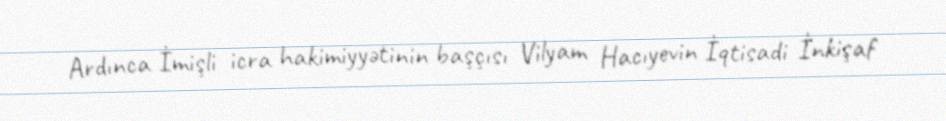
Ardınca İmişli icra hakimiyyətinin başçısı Vilyam Hacıyevin İqtisadi İnkişaf